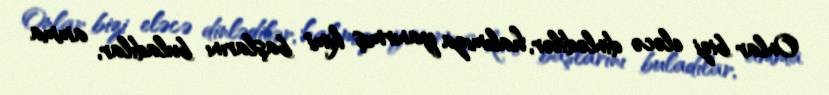
Onlar bizi eləcə dinlədilər, halımıza yanırmış kimi başlarını buladılar, amma